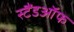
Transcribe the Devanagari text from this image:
स्टैंडऑफ